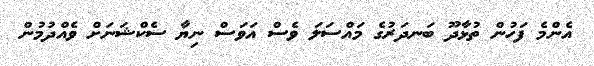
އެންމެ ފަހުން ތުޅާދޫ ބަނދަރުގެ މައްސަލަ ވެސް އަވަސް ނިޔާ ސެކްޝަނަށް ވެއްދުމުން